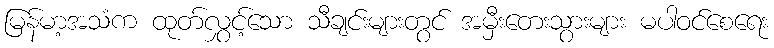
မြန်မာ့အသံက ထုတ်လွှင့်သော သီချင်းများတွင် အမှီးတေးသွားများ မပါဝင်စေရေး